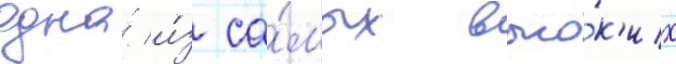
одна́ и́з са́мых высо́к'их